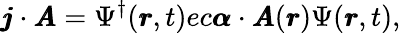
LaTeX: \pmb{j}\cdot\pmb{A}=\Psi^{\dagger}(\pmb{r},t)ec\pmb{\alpha}\cdot\pmb{A}(\pmb{r})\Psi(\pmb{r},t),